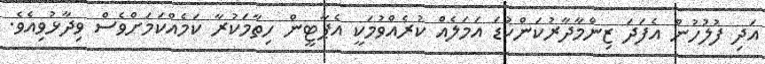
އަދި ފުލުހުން އެފަދަ ޒިންމާދާރުކަންކުޑަ އަމަލެއް ކުރެއްވުމަކީ އެޕާޓީން ހިތާމަކުރާ ކަމެއްކަމަށްވެސް ވިދާޅުވިއެވެ.